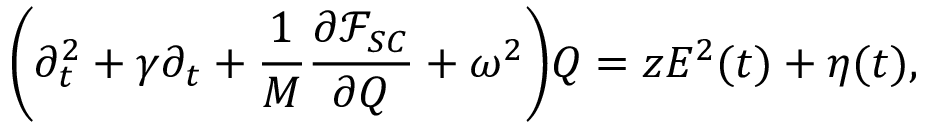
\bigg ( \partial _ { t } ^ { 2 } + \gamma \partial _ { t } + \frac { 1 } { M } \frac { \partial \mathcal { F } _ { S C } } { \partial Q } + \omega ^ { 2 } \bigg ) Q = z E ^ { 2 } ( t ) + \eta ( t ) ,